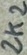
Text: 2K2